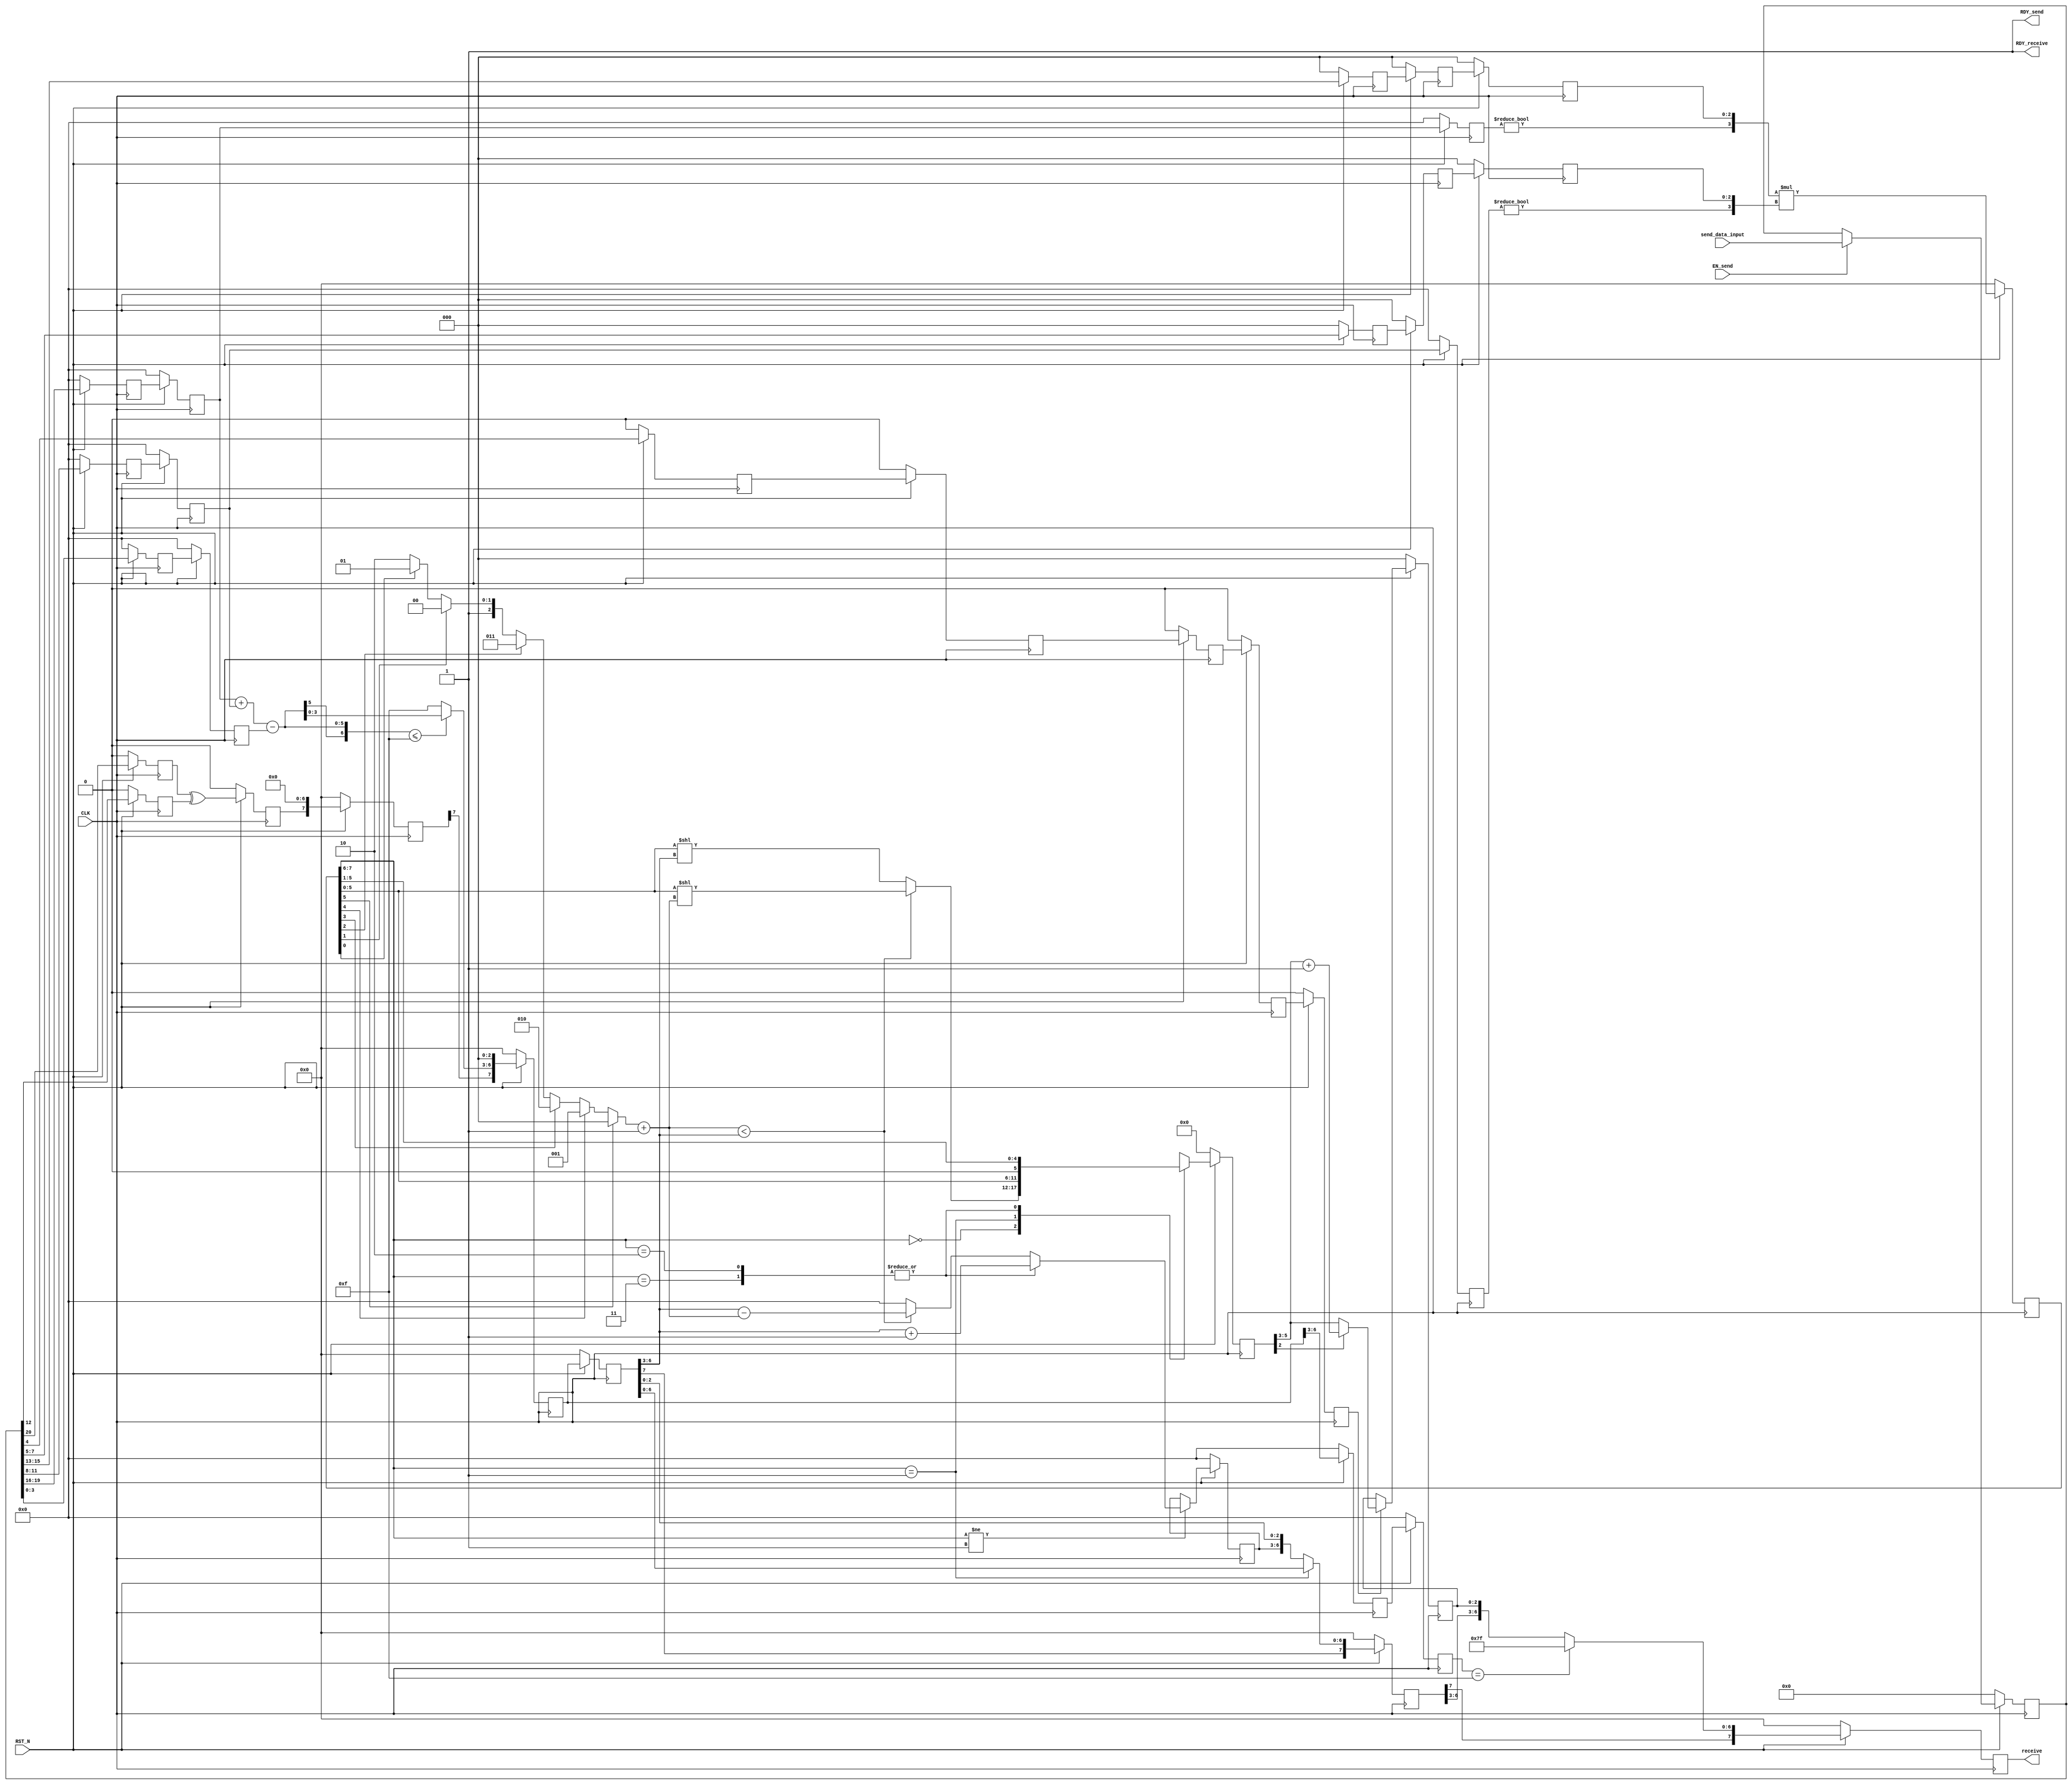
//
// Generated by Bluespec Compiler, version 2022.01-10-g3a4741b2 (build 3a4741b2)
//
// On Thu Dec 14 01:43:43 IST 2023
//
//
// Ports:
// Name                         I/O  size props
// RDY_send                       O     1 const
// receive                        O     8 reg
// RDY_receive                    O     1 const
// CLK                            I     1 clock
// RST_N                          I     1 reset
// send_data_input                I    21 reg
// EN_send                        I     1
//
// No combinational paths from inputs to outputs
//
//

`ifdef BSV_ASSIGNMENT_DELAY
`else
  `define BSV_ASSIGNMENT_DELAY
`endif

`ifdef BSV_POSITIVE_RESET
  `define BSV_RESET_VALUE 1'b1
  `define BSV_RESET_EDGE posedge
`else
  `define BSV_RESET_VALUE 1'b0
  `define BSV_RESET_EDGE negedge
`endif

module cfloat8_mul(CLK,
		   RST_N,

		   send_data_input,
		   EN_send,
		   RDY_send,

		   receive,
		   RDY_receive);
  input  CLK;
  input  RST_N;

  // action method send
  input  [20 : 0] send_data_input;
  input  EN_send;
  output RDY_send;

  // value method receive
  output [7 : 0] receive;
  output RDY_receive;

  // signals for module outputs
  wire [7 : 0] receive;
  wire RDY_receive, RDY_send;

  // register buffer1_bias
  reg [3 : 0] buffer1_bias;
  wire [3 : 0] buffer1_bias$D_IN;
  wire buffer1_bias$EN;

  // register buffer1_exp1
  reg [3 : 0] buffer1_exp1;
  wire [3 : 0] buffer1_exp1$D_IN;
  wire buffer1_exp1$EN;

  // register buffer1_exp2
  reg [3 : 0] buffer1_exp2;
  wire [3 : 0] buffer1_exp2$D_IN;
  wire buffer1_exp2$EN;

  // register buffer1_man1
  reg [2 : 0] buffer1_man1;
  wire [2 : 0] buffer1_man1$D_IN;
  wire buffer1_man1$EN;

  // register buffer1_man2
  reg [2 : 0] buffer1_man2;
  wire [2 : 0] buffer1_man2$D_IN;
  wire buffer1_man2$EN;

  // register buffer1_rmode
  reg buffer1_rmode;
  wire buffer1_rmode$D_IN, buffer1_rmode$EN;

  // register buffer1_sign1
  reg buffer1_sign1;
  wire buffer1_sign1$D_IN, buffer1_sign1$EN;

  // register buffer1_sign2
  reg buffer1_sign2;
  wire buffer1_sign2$D_IN, buffer1_sign2$EN;

  // register buffer2_bias
  reg [3 : 0] buffer2_bias;
  wire [3 : 0] buffer2_bias$D_IN;
  wire buffer2_bias$EN;

  // register buffer2_exp1
  reg [3 : 0] buffer2_exp1;
  wire [3 : 0] buffer2_exp1$D_IN;
  wire buffer2_exp1$EN;

  // register buffer2_exp2
  reg [3 : 0] buffer2_exp2;
  wire [3 : 0] buffer2_exp2$D_IN;
  wire buffer2_exp2$EN;

  // register buffer2_man1
  reg [2 : 0] buffer2_man1;
  wire [2 : 0] buffer2_man1$D_IN;
  wire buffer2_man1$EN;

  // register buffer2_man2
  reg [2 : 0] buffer2_man2;
  wire [2 : 0] buffer2_man2$D_IN;
  wire buffer2_man2$EN;

  // register buffer2_rmode
  reg buffer2_rmode;
  wire buffer2_rmode$D_IN, buffer2_rmode$EN;

  // register buffer2_sign1
  reg buffer2_sign1;
  wire buffer2_sign1$D_IN, buffer2_sign1$EN;

  // register buffer2_sign2
  reg buffer2_sign2;
  wire buffer2_sign2$D_IN, buffer2_sign2$EN;

  // register buffer3_bias
  reg [3 : 0] buffer3_bias;
  wire [3 : 0] buffer3_bias$D_IN;
  wire buffer3_bias$EN;

  // register buffer3_exp
  reg [3 : 0] buffer3_exp;
  wire [3 : 0] buffer3_exp$D_IN;
  wire buffer3_exp$EN;

  // register buffer3_exp1
  reg [3 : 0] buffer3_exp1;
  wire [3 : 0] buffer3_exp1$D_IN;
  wire buffer3_exp1$EN;

  // register buffer3_exp2
  reg [3 : 0] buffer3_exp2;
  wire [3 : 0] buffer3_exp2$D_IN;
  wire buffer3_exp2$EN;

  // register buffer3_man1
  reg [2 : 0] buffer3_man1;
  wire [2 : 0] buffer3_man1$D_IN;
  wire buffer3_man1$EN;

  // register buffer3_man2
  reg [2 : 0] buffer3_man2;
  wire [2 : 0] buffer3_man2$D_IN;
  wire buffer3_man2$EN;

  // register buffer3_rmode
  reg buffer3_rmode;
  wire buffer3_rmode$D_IN, buffer3_rmode$EN;

  // register buffer3_sign1
  reg buffer3_sign1;
  wire buffer3_sign1$D_IN, buffer3_sign1$EN;

  // register buffer3_sign2
  reg buffer3_sign2;
  wire buffer3_sign2$D_IN, buffer3_sign2$EN;

  // register buffer4_bias
  reg [3 : 0] buffer4_bias;
  wire [3 : 0] buffer4_bias$D_IN;
  wire buffer4_bias$EN;

  // register buffer4_exp
  reg [3 : 0] buffer4_exp;
  wire [3 : 0] buffer4_exp$D_IN;
  wire buffer4_exp$EN;

  // register buffer4_exp1
  reg [3 : 0] buffer4_exp1;
  wire [3 : 0] buffer4_exp1$D_IN;
  wire buffer4_exp1$EN;

  // register buffer4_exp2
  reg [3 : 0] buffer4_exp2;
  wire [3 : 0] buffer4_exp2$D_IN;
  wire buffer4_exp2$EN;

  // register buffer4_man1
  reg [2 : 0] buffer4_man1;
  wire [2 : 0] buffer4_man1$D_IN;
  wire buffer4_man1$EN;

  // register buffer4_man2
  reg [2 : 0] buffer4_man2;
  wire [2 : 0] buffer4_man2$D_IN;
  wire buffer4_man2$EN;

  // register buffer4_rmode
  reg buffer4_rmode;
  wire buffer4_rmode$D_IN, buffer4_rmode$EN;

  // register buffer4_sign1
  reg buffer4_sign1;
  wire buffer4_sign1$D_IN, buffer4_sign1$EN;

  // register buffer4_sign2
  reg buffer4_sign2;
  wire buffer4_sign2$D_IN, buffer4_sign2$EN;

  // register buffer5_bias
  reg [3 : 0] buffer5_bias;
  wire [3 : 0] buffer5_bias$D_IN;
  wire buffer5_bias$EN;

  // register buffer5_rmode
  reg buffer5_rmode;
  wire buffer5_rmode$D_IN, buffer5_rmode$EN;

  // register exp_op1
  reg [3 : 0] exp_op1;
  wire [3 : 0] exp_op1$D_IN;
  wire exp_op1$EN;

  // register exp_op2
  reg [3 : 0] exp_op2;
  wire [3 : 0] exp_op2$D_IN;
  wire exp_op2$EN;

  // register final_bias
  reg [3 : 0] final_bias;
  wire [3 : 0] final_bias$D_IN;
  wire final_bias$EN;

  // register final_exp
  reg [6 : 0] final_exp;
  wire [6 : 0] final_exp$D_IN;
  wire final_exp$EN;

  // register final_man
  reg [7 : 0] final_man;
  wire [7 : 0] final_man$D_IN;
  wire final_man$EN;

  // register final_sign
  reg final_sign;
  wire final_sign$D_IN, final_sign$EN;

  // register man_op1
  reg [2 : 0] man_op1;
  wire [2 : 0] man_op1$D_IN;
  wire man_op1$EN;

  // register man_op2
  reg [2 : 0] man_op2;
  wire [2 : 0] man_op2$D_IN;
  wire man_op2$EN;

  // register normalized_count
  reg [3 : 0] normalized_count;
  wire [3 : 0] normalized_count$D_IN;
  wire normalized_count$EN;

  // register normalized_exp
  reg [3 : 0] normalized_exp;
  reg [3 : 0] normalized_exp$D_IN;
  wire normalized_exp$EN;

  // register normalized_man
  reg [5 : 0] normalized_man;
  reg [5 : 0] normalized_man$D_IN;
  wire normalized_man$EN;

  // register output_man
  reg [2 : 0] output_man;
  wire [2 : 0] output_man$D_IN;
  wire output_man$EN;

  // register rg_operands
  reg [20 : 0] rg_operands;
  wire [20 : 0] rg_operands$D_IN;
  wire rg_operands$EN;

  // register rounded_man
  reg [2 : 0] rounded_man;
  wire [2 : 0] rounded_man$D_IN;
  wire rounded_man$EN;

  // register sign_op1
  reg sign_op1;
  wire sign_op1$D_IN, sign_op1$EN;

  // register sign_op2
  reg sign_op2;
  wire sign_op2$D_IN, sign_op2$EN;

  // register stage
  reg [2 : 0] stage;
  wire [2 : 0] stage$D_IN;
  wire stage$EN;

  // register stage1_output
  reg [7 : 0] stage1_output;
  wire [7 : 0] stage1_output$D_IN;
  wire stage1_output$EN;

  // register stage2_output
  reg [7 : 0] stage2_output;
  wire [7 : 0] stage2_output$D_IN;
  wire stage2_output$EN;

  // register stage3_output
  reg [7 : 0] stage3_output;
  wire [7 : 0] stage3_output$D_IN;
  wire stage3_output$EN;

  // register stage4_output
  reg [7 : 0] stage4_output;
  wire [7 : 0] stage4_output$D_IN;
  wire stage4_output$EN;

  // register stage5_output
  reg [7 : 0] stage5_output;
  wire [7 : 0] stage5_output$D_IN;
  wire stage5_output$EN;

  // register status_flags
  reg [2 : 0] status_flags;
  wire [2 : 0] status_flags$D_IN;
  wire status_flags$EN;

  // rule scheduling signals
  wire CAN_FIRE_RL_stage1,
       CAN_FIRE_RL_stage2,
       CAN_FIRE_RL_stage3,
       CAN_FIRE_RL_stage4,
       CAN_FIRE_RL_stage5,
       CAN_FIRE_send,
       WILL_FIRE_RL_stage1,
       WILL_FIRE_RL_stage2,
       WILL_FIRE_RL_stage3,
       WILL_FIRE_RL_stage4,
       WILL_FIRE_RL_stage5,
       WILL_FIRE_send;

  // remaining internal signals
  wire [15 : 0] _0_CONCAT_NOT_buffer3_exp1_2_EQ_0_3_4_CONCAT_bu_ETC___d54;
  wire [7 : 0] inter_mantissa1__h2918, inter_mantissa2__h2919;
  wire [6 : 0] temp_exp__h2549,
	       x__h2566,
	       x__h2584,
	       x__h2586,
	       y__h2585,
	       y__h2587;
  wire [5 : 0] IF_0_CONCAT_IF_final_man_1_BIT_5_0_THEN_0_ELSE_ETC___d89,
	       x__h4484,
	       x__h4547,
	       x__h4614;
  wire [3 : 0] count_temp__h3383, x__h2950, x__h2958, x__h4686, x__h4747;
  wire [2 : 0] rounded_value__h4973, x__h3386;
  wire _0_CONCAT_IF_final_man_1_BIT_5_0_THEN_0_ELSE_IF_ETC___d86,
       hidden_bit_op1__h2916,
       hidden_bit_op2__h2917;

  // action method send
  assign RDY_send = 1'd1 ;
  assign CAN_FIRE_send = 1'd1 ;
  assign WILL_FIRE_send = EN_send ;

  // value method receive
  assign receive = stage5_output ;
  assign RDY_receive = 1'd1 ;

  // rule RL_stage5
  assign CAN_FIRE_RL_stage5 = 1'd1 ;
  assign WILL_FIRE_RL_stage5 = 1'd1 ;

  // rule RL_stage4
  assign CAN_FIRE_RL_stage4 = 1'd1 ;
  assign WILL_FIRE_RL_stage4 = 1'd1 ;

  // rule RL_stage3
  assign CAN_FIRE_RL_stage3 = 1'd1 ;
  assign WILL_FIRE_RL_stage3 = 1'd1 ;

  // rule RL_stage2
  assign CAN_FIRE_RL_stage2 = 1'd1 ;
  assign WILL_FIRE_RL_stage2 = 1'd1 ;

  // rule RL_stage1
  assign CAN_FIRE_RL_stage1 = 1'd1 ;
  assign WILL_FIRE_RL_stage1 = 1'd1 ;

  // register buffer1_bias
  assign buffer1_bias$D_IN = rg_operands[3:0] ;
  assign buffer1_bias$EN = 1'd1 ;

  // register buffer1_exp1
  assign buffer1_exp1$D_IN = rg_operands[19:16] ;
  assign buffer1_exp1$EN = 1'd1 ;

  // register buffer1_exp2
  assign buffer1_exp2$D_IN = rg_operands[11:8] ;
  assign buffer1_exp2$EN = 1'd1 ;

  // register buffer1_man1
  assign buffer1_man1$D_IN = rg_operands[15:13] ;
  assign buffer1_man1$EN = 1'd1 ;

  // register buffer1_man2
  assign buffer1_man2$D_IN = rg_operands[7:5] ;
  assign buffer1_man2$EN = 1'd1 ;

  // register buffer1_rmode
  assign buffer1_rmode$D_IN = rg_operands[4] ;
  assign buffer1_rmode$EN = 1'd1 ;

  // register buffer1_sign1
  assign buffer1_sign1$D_IN = rg_operands[20] ;
  assign buffer1_sign1$EN = 1'd1 ;

  // register buffer1_sign2
  assign buffer1_sign2$D_IN = rg_operands[12] ;
  assign buffer1_sign2$EN = 1'd1 ;

  // register buffer2_bias
  assign buffer2_bias$D_IN = buffer1_bias ;
  assign buffer2_bias$EN = 1'd1 ;

  // register buffer2_exp1
  assign buffer2_exp1$D_IN = buffer1_exp1 ;
  assign buffer2_exp1$EN = 1'd1 ;

  // register buffer2_exp2
  assign buffer2_exp2$D_IN = buffer1_exp2 ;
  assign buffer2_exp2$EN = 1'd1 ;

  // register buffer2_man1
  assign buffer2_man1$D_IN = buffer1_man1 ;
  assign buffer2_man1$EN = 1'd1 ;

  // register buffer2_man2
  assign buffer2_man2$D_IN = buffer1_man2 ;
  assign buffer2_man2$EN = 1'd1 ;

  // register buffer2_rmode
  assign buffer2_rmode$D_IN = buffer1_rmode ;
  assign buffer2_rmode$EN = 1'd1 ;

  // register buffer2_sign1
  assign buffer2_sign1$D_IN = buffer1_sign1 ;
  assign buffer2_sign1$EN = 1'd1 ;

  // register buffer2_sign2
  assign buffer2_sign2$D_IN = buffer1_sign2 ;
  assign buffer2_sign2$EN = 1'd1 ;

  // register buffer3_bias
  assign buffer3_bias$D_IN = buffer2_bias ;
  assign buffer3_bias$EN = 1'd1 ;

  // register buffer3_exp
  assign buffer3_exp$D_IN = stage2_output[6:3] ;
  assign buffer3_exp$EN = 1'd1 ;

  // register buffer3_exp1
  assign buffer3_exp1$D_IN = buffer2_exp1 ;
  assign buffer3_exp1$EN = 1'd1 ;

  // register buffer3_exp2
  assign buffer3_exp2$D_IN = buffer2_exp2 ;
  assign buffer3_exp2$EN = 1'd1 ;

  // register buffer3_man1
  assign buffer3_man1$D_IN = buffer2_man1 ;
  assign buffer3_man1$EN = 1'd1 ;

  // register buffer3_man2
  assign buffer3_man2$D_IN = buffer2_man2 ;
  assign buffer3_man2$EN = 1'd1 ;

  // register buffer3_rmode
  assign buffer3_rmode$D_IN = buffer2_rmode ;
  assign buffer3_rmode$EN = 1'd1 ;

  // register buffer3_sign1
  assign buffer3_sign1$D_IN = buffer2_sign1 ;
  assign buffer3_sign1$EN = 1'd1 ;

  // register buffer3_sign2
  assign buffer3_sign2$D_IN = buffer2_sign2 ;
  assign buffer3_sign2$EN = 1'd1 ;

  // register buffer4_bias
  assign buffer4_bias$D_IN = buffer3_bias ;
  assign buffer4_bias$EN = 1'd1 ;

  // register buffer4_exp
  assign buffer4_exp$D_IN = buffer3_exp ;
  assign buffer4_exp$EN = 1'd1 ;

  // register buffer4_exp1
  assign buffer4_exp1$D_IN = buffer3_exp1 ;
  assign buffer4_exp1$EN = 1'd1 ;

  // register buffer4_exp2
  assign buffer4_exp2$D_IN = buffer3_exp2 ;
  assign buffer4_exp2$EN = 1'd1 ;

  // register buffer4_man1
  assign buffer4_man1$D_IN = buffer3_man1 ;
  assign buffer4_man1$EN = 1'd1 ;

  // register buffer4_man2
  assign buffer4_man2$D_IN = buffer3_man2 ;
  assign buffer4_man2$EN = 1'd1 ;

  // register buffer4_rmode
  assign buffer4_rmode$D_IN = buffer3_rmode ;
  assign buffer4_rmode$EN = 1'd1 ;

  // register buffer4_sign1
  assign buffer4_sign1$D_IN = buffer3_sign1 ;
  assign buffer4_sign1$EN = 1'd1 ;

  // register buffer4_sign2
  assign buffer4_sign2$D_IN = buffer3_sign2 ;
  assign buffer4_sign2$EN = 1'd1 ;

  // register buffer5_bias
  assign buffer5_bias$D_IN = buffer4_bias ;
  assign buffer5_bias$EN = 1'd1 ;

  // register buffer5_rmode
  assign buffer5_rmode$D_IN = buffer4_rmode ;
  assign buffer5_rmode$EN = 1'd1 ;

  // register exp_op1
  assign exp_op1$D_IN = 4'h0 ;
  assign exp_op1$EN = 1'b0 ;

  // register exp_op2
  assign exp_op2$D_IN = 4'h0 ;
  assign exp_op2$EN = 1'b0 ;

  // register final_bias
  assign final_bias$D_IN = 4'h0 ;
  assign final_bias$EN = 1'b0 ;

  // register final_exp
  assign final_exp$D_IN = 7'h0 ;
  assign final_exp$EN = 1'b0 ;

  // register final_man
  assign final_man$D_IN =
	     _0_CONCAT_NOT_buffer3_exp1_2_EQ_0_3_4_CONCAT_bu_ETC___d54[7:0] ;
  assign final_man$EN = 1'd1 ;

  // register final_sign
  assign final_sign$D_IN = buffer1_sign1 ^ buffer1_sign2 ;
  assign final_sign$EN = 1'd1 ;

  // register man_op1
  assign man_op1$D_IN = 3'h0 ;
  assign man_op1$EN = 1'b0 ;

  // register man_op2
  assign man_op2$D_IN = 3'h0 ;
  assign man_op2$EN = 1'b0 ;

  // register normalized_count
  assign normalized_count$D_IN = 4'h0 ;
  assign normalized_count$EN = 1'b0 ;

  // register normalized_exp
  always@(final_man or
	  _0_CONCAT_IF_final_man_1_BIT_5_0_THEN_0_ELSE_IF_ETC___d86 or
	  x__h4747 or x__h4686)
  begin
    case (final_man[7:6])
      2'b10, 2'b11: normalized_exp$D_IN = x__h4686;
      default: normalized_exp$D_IN =
		   _0_CONCAT_IF_final_man_1_BIT_5_0_THEN_0_ELSE_IF_ETC___d86 ?
		     x__h4747 :
		     4'd0;
    endcase
  end
  assign normalized_exp$EN = final_man[7:6] != 2'b01 ;

  // register normalized_man
  always@(final_man or
	  IF_0_CONCAT_IF_final_man_1_BIT_5_0_THEN_0_ELSE_ETC___d89 or
	  x__h4484)
  begin
    case (final_man[7:6])
      2'd0:
	  normalized_man$D_IN =
	      IF_0_CONCAT_IF_final_man_1_BIT_5_0_THEN_0_ELSE_ETC___d89;
      2'b01: normalized_man$D_IN = final_man[5:0];
      2'b10, 2'b11: normalized_man$D_IN = x__h4484;
    endcase
  end
  assign normalized_man$EN = 1'd1 ;

  // register output_man
  assign output_man$D_IN = 3'h0 ;
  assign output_man$EN = 1'b0 ;

  // register rg_operands
  assign rg_operands$D_IN = send_data_input ;
  assign rg_operands$EN = EN_send ;

  // register rounded_man
  assign rounded_man$D_IN =
	     normalized_man[2] ? rounded_value__h4973 : normalized_man[5:3] ;
  assign rounded_man$EN = buffer5_rmode ;

  // register sign_op1
  assign sign_op1$D_IN = 1'b0 ;
  assign sign_op1$EN = 1'b0 ;

  // register sign_op2
  assign sign_op2$D_IN = 1'b0 ;
  assign sign_op2$EN = 1'b0 ;

  // register stage
  assign stage$D_IN = 3'h0 ;
  assign stage$EN = 1'b0 ;

  // register stage1_output
  assign stage1_output$D_IN = { final_sign, 7'd0 } ;
  assign stage1_output$EN = 1'd1 ;

  // register stage2_output
  assign stage2_output$D_IN = { stage1_output[7], x__h2566[3:0], 3'b0 } ;
  assign stage2_output$EN = 1'd1 ;

  // register stage3_output
  assign stage3_output$D_IN = stage2_output ;
  assign stage3_output$EN = 1'd1 ;

  // register stage4_output
  assign stage4_output$D_IN =
	     (final_man[7:6] == 2'b01) ?
	       stage3_output :
	       { stage3_output[7], normalized_exp, stage3_output[2:0] } ;
  assign stage4_output$EN = 1'd1 ;

  // register stage5_output
  assign stage5_output$D_IN =
	     { stage4_output[7],
	       (buffer4_exp == 4'd15) ?
		 7'd127 :
		 { stage4_output[6:3], rounded_man } } ;
  assign stage5_output$EN = 1'd1 ;

  // register status_flags
  assign status_flags$D_IN =
	     (stage5_output[6:3] == 4'b0 && stage5_output[2:0] == 3'b0) ?
	       3'b001 :
	       ((stage5_output[6:3] == 4'b0 && stage5_output[2:0] != 3'b0) ?
		  3'b010 :
		  3'b100) ;
  assign status_flags$EN = 1'd1 ;

  // remaining internal signals
  assign IF_0_CONCAT_IF_final_man_1_BIT_5_0_THEN_0_ELSE_ETC___d89 =
	     _0_CONCAT_IF_final_man_1_BIT_5_0_THEN_0_ELSE_IF_ETC___d86 ?
	       x__h4547 :
	       x__h4614 ;
  assign _0_CONCAT_IF_final_man_1_BIT_5_0_THEN_0_ELSE_IF_ETC___d86 =
	     count_temp__h3383 < stage3_output[6:3] ;
  assign _0_CONCAT_NOT_buffer3_exp1_2_EQ_0_3_4_CONCAT_bu_ETC___d54 =
	     inter_mantissa1__h2918 * inter_mantissa2__h2919 ;
  assign count_temp__h3383 = { 1'd0, x__h3386 } ;
  assign hidden_bit_op1__h2916 = buffer3_exp1 != 4'd0 ;
  assign hidden_bit_op2__h2917 = buffer3_exp2 != 4'd0 ;
  assign inter_mantissa1__h2918 = { 4'd0, x__h2950 } ;
  assign inter_mantissa2__h2919 = { 4'd0, x__h2958 } ;
  assign rounded_value__h4973 = normalized_man[5:3] + 3'b001 ;
  assign temp_exp__h2549 = x__h2584 - y__h2585 ;
  assign x__h2566 = (temp_exp__h2549 <= 7'd15) ? temp_exp__h2549 : 7'd15 ;
  assign x__h2584 = x__h2586 + y__h2587 ;
  assign x__h2586 = { 3'd0, buffer2_exp1 } ;
  assign x__h2950 = { hidden_bit_op1__h2916, buffer3_man1 } ;
  assign x__h2958 = { hidden_bit_op2__h2917, buffer3_man2 } ;
  assign x__h3386 =
	     (final_man[5] ?
		3'd0 :
		(final_man[4] ?
		   3'd1 :
		   (final_man[3] ?
		      3'd2 :
		      (final_man[2] ?
			 3'd3 :
			 (final_man[1] ?
			    3'd4 :
			    (final_man[0] ? 3'd5 : 3'd6)))))) +
	     3'd1 ;
  assign x__h4484 = { 1'd0, final_man[5:1] } ;
  assign x__h4547 = final_man[5:0] << count_temp__h3383 ;
  assign x__h4614 = final_man[5:0] << stage3_output[6:3] ;
  assign x__h4686 = stage3_output[6:3] + 4'd1 ;
  assign x__h4747 = stage3_output[6:3] - count_temp__h3383 ;
  assign y__h2585 = { 3'd0, buffer2_bias } ;
  assign y__h2587 = { 3'd0, buffer2_exp2 } ;

  // handling of inlined registers

  always@(posedge CLK)
  begin
    if (RST_N == `BSV_RESET_VALUE)
      begin
        buffer1_bias <= `BSV_ASSIGNMENT_DELAY 4'd0;
	buffer1_exp1 <= `BSV_ASSIGNMENT_DELAY 4'd0;
	buffer1_exp2 <= `BSV_ASSIGNMENT_DELAY 4'd0;
	buffer1_man1 <= `BSV_ASSIGNMENT_DELAY 3'd0;
	buffer1_man2 <= `BSV_ASSIGNMENT_DELAY 3'd0;
	buffer1_rmode <= `BSV_ASSIGNMENT_DELAY 1'd0;
	buffer1_sign1 <= `BSV_ASSIGNMENT_DELAY 1'd0;
	buffer1_sign2 <= `BSV_ASSIGNMENT_DELAY 1'd0;
	buffer2_bias <= `BSV_ASSIGNMENT_DELAY 4'd0;
	buffer2_exp1 <= `BSV_ASSIGNMENT_DELAY 4'd0;
	buffer2_exp2 <= `BSV_ASSIGNMENT_DELAY 4'd0;
	buffer2_man1 <= `BSV_ASSIGNMENT_DELAY 3'd0;
	buffer2_man2 <= `BSV_ASSIGNMENT_DELAY 3'd0;
	buffer2_rmode <= `BSV_ASSIGNMENT_DELAY 1'd0;
	buffer2_sign1 <= `BSV_ASSIGNMENT_DELAY 1'd0;
	buffer2_sign2 <= `BSV_ASSIGNMENT_DELAY 1'd0;
	buffer3_bias <= `BSV_ASSIGNMENT_DELAY 4'd0;
	buffer3_exp <= `BSV_ASSIGNMENT_DELAY 4'd0;
	buffer3_exp1 <= `BSV_ASSIGNMENT_DELAY 4'd0;
	buffer3_exp2 <= `BSV_ASSIGNMENT_DELAY 4'd0;
	buffer3_man1 <= `BSV_ASSIGNMENT_DELAY 3'd0;
	buffer3_man2 <= `BSV_ASSIGNMENT_DELAY 3'd0;
	buffer3_rmode <= `BSV_ASSIGNMENT_DELAY 1'd0;
	buffer3_sign1 <= `BSV_ASSIGNMENT_DELAY 1'd0;
	buffer3_sign2 <= `BSV_ASSIGNMENT_DELAY 1'd0;
	buffer4_bias <= `BSV_ASSIGNMENT_DELAY 4'd0;
	buffer4_exp <= `BSV_ASSIGNMENT_DELAY 4'd0;
	buffer4_exp1 <= `BSV_ASSIGNMENT_DELAY 4'd0;
	buffer4_exp2 <= `BSV_ASSIGNMENT_DELAY 4'd0;
	buffer4_man1 <= `BSV_ASSIGNMENT_DELAY 3'd0;
	buffer4_man2 <= `BSV_ASSIGNMENT_DELAY 3'd0;
	buffer4_rmode <= `BSV_ASSIGNMENT_DELAY 1'd0;
	buffer4_sign1 <= `BSV_ASSIGNMENT_DELAY 1'd0;
	buffer4_sign2 <= `BSV_ASSIGNMENT_DELAY 1'd0;
	buffer5_bias <= `BSV_ASSIGNMENT_DELAY 4'd0;
	buffer5_rmode <= `BSV_ASSIGNMENT_DELAY 1'd0;
	exp_op1 <= `BSV_ASSIGNMENT_DELAY 4'd0;
	exp_op2 <= `BSV_ASSIGNMENT_DELAY 4'd0;
	final_bias <= `BSV_ASSIGNMENT_DELAY 4'd0;
	final_exp <= `BSV_ASSIGNMENT_DELAY 7'd0;
	final_man <= `BSV_ASSIGNMENT_DELAY 8'd0;
	final_sign <= `BSV_ASSIGNMENT_DELAY 1'd0;
	man_op1 <= `BSV_ASSIGNMENT_DELAY 3'd0;
	man_op2 <= `BSV_ASSIGNMENT_DELAY 3'd0;
	normalized_count <= `BSV_ASSIGNMENT_DELAY 4'd0;
	normalized_exp <= `BSV_ASSIGNMENT_DELAY 4'd0;
	normalized_man <= `BSV_ASSIGNMENT_DELAY 6'd0;
	output_man <= `BSV_ASSIGNMENT_DELAY 3'd0;
	rg_operands <= `BSV_ASSIGNMENT_DELAY 21'd0;
	rounded_man <= `BSV_ASSIGNMENT_DELAY 3'd0;
	sign_op1 <= `BSV_ASSIGNMENT_DELAY 1'd0;
	sign_op2 <= `BSV_ASSIGNMENT_DELAY 1'd0;
	stage <= `BSV_ASSIGNMENT_DELAY 3'd1;
	stage1_output <= `BSV_ASSIGNMENT_DELAY 8'd0;
	stage2_output <= `BSV_ASSIGNMENT_DELAY 8'd0;
	stage3_output <= `BSV_ASSIGNMENT_DELAY 8'd0;
	stage4_output <= `BSV_ASSIGNMENT_DELAY 8'd0;
	stage5_output <= `BSV_ASSIGNMENT_DELAY 8'd0;
	status_flags <= `BSV_ASSIGNMENT_DELAY 3'd0;
      end
    else
      begin
        if (buffer1_bias$EN)
	  buffer1_bias <= `BSV_ASSIGNMENT_DELAY buffer1_bias$D_IN;
	if (buffer1_exp1$EN)
	  buffer1_exp1 <= `BSV_ASSIGNMENT_DELAY buffer1_exp1$D_IN;
	if (buffer1_exp2$EN)
	  buffer1_exp2 <= `BSV_ASSIGNMENT_DELAY buffer1_exp2$D_IN;
	if (buffer1_man1$EN)
	  buffer1_man1 <= `BSV_ASSIGNMENT_DELAY buffer1_man1$D_IN;
	if (buffer1_man2$EN)
	  buffer1_man2 <= `BSV_ASSIGNMENT_DELAY buffer1_man2$D_IN;
	if (buffer1_rmode$EN)
	  buffer1_rmode <= `BSV_ASSIGNMENT_DELAY buffer1_rmode$D_IN;
	if (buffer1_sign1$EN)
	  buffer1_sign1 <= `BSV_ASSIGNMENT_DELAY buffer1_sign1$D_IN;
	if (buffer1_sign2$EN)
	  buffer1_sign2 <= `BSV_ASSIGNMENT_DELAY buffer1_sign2$D_IN;
	if (buffer2_bias$EN)
	  buffer2_bias <= `BSV_ASSIGNMENT_DELAY buffer2_bias$D_IN;
	if (buffer2_exp1$EN)
	  buffer2_exp1 <= `BSV_ASSIGNMENT_DELAY buffer2_exp1$D_IN;
	if (buffer2_exp2$EN)
	  buffer2_exp2 <= `BSV_ASSIGNMENT_DELAY buffer2_exp2$D_IN;
	if (buffer2_man1$EN)
	  buffer2_man1 <= `BSV_ASSIGNMENT_DELAY buffer2_man1$D_IN;
	if (buffer2_man2$EN)
	  buffer2_man2 <= `BSV_ASSIGNMENT_DELAY buffer2_man2$D_IN;
	if (buffer2_rmode$EN)
	  buffer2_rmode <= `BSV_ASSIGNMENT_DELAY buffer2_rmode$D_IN;
	if (buffer2_sign1$EN)
	  buffer2_sign1 <= `BSV_ASSIGNMENT_DELAY buffer2_sign1$D_IN;
	if (buffer2_sign2$EN)
	  buffer2_sign2 <= `BSV_ASSIGNMENT_DELAY buffer2_sign2$D_IN;
	if (buffer3_bias$EN)
	  buffer3_bias <= `BSV_ASSIGNMENT_DELAY buffer3_bias$D_IN;
	if (buffer3_exp$EN)
	  buffer3_exp <= `BSV_ASSIGNMENT_DELAY buffer3_exp$D_IN;
	if (buffer3_exp1$EN)
	  buffer3_exp1 <= `BSV_ASSIGNMENT_DELAY buffer3_exp1$D_IN;
	if (buffer3_exp2$EN)
	  buffer3_exp2 <= `BSV_ASSIGNMENT_DELAY buffer3_exp2$D_IN;
	if (buffer3_man1$EN)
	  buffer3_man1 <= `BSV_ASSIGNMENT_DELAY buffer3_man1$D_IN;
	if (buffer3_man2$EN)
	  buffer3_man2 <= `BSV_ASSIGNMENT_DELAY buffer3_man2$D_IN;
	if (buffer3_rmode$EN)
	  buffer3_rmode <= `BSV_ASSIGNMENT_DELAY buffer3_rmode$D_IN;
	if (buffer3_sign1$EN)
	  buffer3_sign1 <= `BSV_ASSIGNMENT_DELAY buffer3_sign1$D_IN;
	if (buffer3_sign2$EN)
	  buffer3_sign2 <= `BSV_ASSIGNMENT_DELAY buffer3_sign2$D_IN;
	if (buffer4_bias$EN)
	  buffer4_bias <= `BSV_ASSIGNMENT_DELAY buffer4_bias$D_IN;
	if (buffer4_exp$EN)
	  buffer4_exp <= `BSV_ASSIGNMENT_DELAY buffer4_exp$D_IN;
	if (buffer4_exp1$EN)
	  buffer4_exp1 <= `BSV_ASSIGNMENT_DELAY buffer4_exp1$D_IN;
	if (buffer4_exp2$EN)
	  buffer4_exp2 <= `BSV_ASSIGNMENT_DELAY buffer4_exp2$D_IN;
	if (buffer4_man1$EN)
	  buffer4_man1 <= `BSV_ASSIGNMENT_DELAY buffer4_man1$D_IN;
	if (buffer4_man2$EN)
	  buffer4_man2 <= `BSV_ASSIGNMENT_DELAY buffer4_man2$D_IN;
	if (buffer4_rmode$EN)
	  buffer4_rmode <= `BSV_ASSIGNMENT_DELAY buffer4_rmode$D_IN;
	if (buffer4_sign1$EN)
	  buffer4_sign1 <= `BSV_ASSIGNMENT_DELAY buffer4_sign1$D_IN;
	if (buffer4_sign2$EN)
	  buffer4_sign2 <= `BSV_ASSIGNMENT_DELAY buffer4_sign2$D_IN;
	if (buffer5_bias$EN)
	  buffer5_bias <= `BSV_ASSIGNMENT_DELAY buffer5_bias$D_IN;
	if (buffer5_rmode$EN)
	  buffer5_rmode <= `BSV_ASSIGNMENT_DELAY buffer5_rmode$D_IN;
	if (exp_op1$EN) exp_op1 <= `BSV_ASSIGNMENT_DELAY exp_op1$D_IN;
	if (exp_op2$EN) exp_op2 <= `BSV_ASSIGNMENT_DELAY exp_op2$D_IN;
	if (final_bias$EN)
	  final_bias <= `BSV_ASSIGNMENT_DELAY final_bias$D_IN;
	if (final_exp$EN) final_exp <= `BSV_ASSIGNMENT_DELAY final_exp$D_IN;
	if (final_man$EN) final_man <= `BSV_ASSIGNMENT_DELAY final_man$D_IN;
	if (final_sign$EN)
	  final_sign <= `BSV_ASSIGNMENT_DELAY final_sign$D_IN;
	if (man_op1$EN) man_op1 <= `BSV_ASSIGNMENT_DELAY man_op1$D_IN;
	if (man_op2$EN) man_op2 <= `BSV_ASSIGNMENT_DELAY man_op2$D_IN;
	if (normalized_count$EN)
	  normalized_count <= `BSV_ASSIGNMENT_DELAY normalized_count$D_IN;
	if (normalized_exp$EN)
	  normalized_exp <= `BSV_ASSIGNMENT_DELAY normalized_exp$D_IN;
	if (normalized_man$EN)
	  normalized_man <= `BSV_ASSIGNMENT_DELAY normalized_man$D_IN;
	if (output_man$EN)
	  output_man <= `BSV_ASSIGNMENT_DELAY output_man$D_IN;
	if (rg_operands$EN)
	  rg_operands <= `BSV_ASSIGNMENT_DELAY rg_operands$D_IN;
	if (rounded_man$EN)
	  rounded_man <= `BSV_ASSIGNMENT_DELAY rounded_man$D_IN;
	if (sign_op1$EN) sign_op1 <= `BSV_ASSIGNMENT_DELAY sign_op1$D_IN;
	if (sign_op2$EN) sign_op2 <= `BSV_ASSIGNMENT_DELAY sign_op2$D_IN;
	if (stage$EN) stage <= `BSV_ASSIGNMENT_DELAY stage$D_IN;
	if (stage1_output$EN)
	  stage1_output <= `BSV_ASSIGNMENT_DELAY stage1_output$D_IN;
	if (stage2_output$EN)
	  stage2_output <= `BSV_ASSIGNMENT_DELAY stage2_output$D_IN;
	if (stage3_output$EN)
	  stage3_output <= `BSV_ASSIGNMENT_DELAY stage3_output$D_IN;
	if (stage4_output$EN)
	  stage4_output <= `BSV_ASSIGNMENT_DELAY stage4_output$D_IN;
	if (stage5_output$EN)
	  stage5_output <= `BSV_ASSIGNMENT_DELAY stage5_output$D_IN;
	if (status_flags$EN)
	  status_flags <= `BSV_ASSIGNMENT_DELAY status_flags$D_IN;
      end
  end

  // synopsys translate_off
  `ifdef BSV_NO_INITIAL_BLOCKS
  `else // not BSV_NO_INITIAL_BLOCKS
  initial
  begin
    buffer1_bias = 4'hA;
    buffer1_exp1 = 4'hA;
    buffer1_exp2 = 4'hA;
    buffer1_man1 = 3'h2;
    buffer1_man2 = 3'h2;
    buffer1_rmode = 1'h0;
    buffer1_sign1 = 1'h0;
    buffer1_sign2 = 1'h0;
    buffer2_bias = 4'hA;
    buffer2_exp1 = 4'hA;
    buffer2_exp2 = 4'hA;
    buffer2_man1 = 3'h2;
    buffer2_man2 = 3'h2;
    buffer2_rmode = 1'h0;
    buffer2_sign1 = 1'h0;
    buffer2_sign2 = 1'h0;
    buffer3_bias = 4'hA;
    buffer3_exp = 4'hA;
    buffer3_exp1 = 4'hA;
    buffer3_exp2 = 4'hA;
    buffer3_man1 = 3'h2;
    buffer3_man2 = 3'h2;
    buffer3_rmode = 1'h0;
    buffer3_sign1 = 1'h0;
    buffer3_sign2 = 1'h0;
    buffer4_bias = 4'hA;
    buffer4_exp = 4'hA;
    buffer4_exp1 = 4'hA;
    buffer4_exp2 = 4'hA;
    buffer4_man1 = 3'h2;
    buffer4_man2 = 3'h2;
    buffer4_rmode = 1'h0;
    buffer4_sign1 = 1'h0;
    buffer4_sign2 = 1'h0;
    buffer5_bias = 4'hA;
    buffer5_rmode = 1'h0;
    exp_op1 = 4'hA;
    exp_op2 = 4'hA;
    final_bias = 4'hA;
    final_exp = 7'h2A;
    final_man = 8'hAA;
    final_sign = 1'h0;
    man_op1 = 3'h2;
    man_op2 = 3'h2;
    normalized_count = 4'hA;
    normalized_exp = 4'hA;
    normalized_man = 6'h2A;
    output_man = 3'h2;
    rg_operands = 21'h0AAAAA;
    rounded_man = 3'h2;
    sign_op1 = 1'h0;
    sign_op2 = 1'h0;
    stage = 3'h2;
    stage1_output = 8'hAA;
    stage2_output = 8'hAA;
    stage3_output = 8'hAA;
    stage4_output = 8'hAA;
    stage5_output = 8'hAA;
    status_flags = 3'h2;
  end
  `endif // BSV_NO_INITIAL_BLOCKS
  // synopsys translate_on

  // handling of system tasks

  // synopsys translate_off
  always@(negedge CLK)
  begin
    #0;
    if (RST_N != `BSV_RESET_VALUE) $display("status flags : ", status_flags);
    if (RST_N != `BSV_RESET_VALUE)
      $display("STAGE 5 OUTPUT : sign : ",
	       stage5_output[7],
	       " exponent : ",
	       stage5_output[6:3],
	       " mantissa : ",
	       stage5_output[2:0]);
  end
  // synopsys translate_on
endmodule  // cfloat8_mul